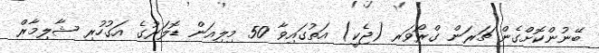
ބޭނުންކޮށްގެން ޗަރަން ގްރޯވަރ (ޖެކީ) އަތުގައިވާ 50 މިލިއަން ޑޮލަރުގެ އަގުހުރި ޝާލިމާރް